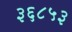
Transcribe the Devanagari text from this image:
३६८५३